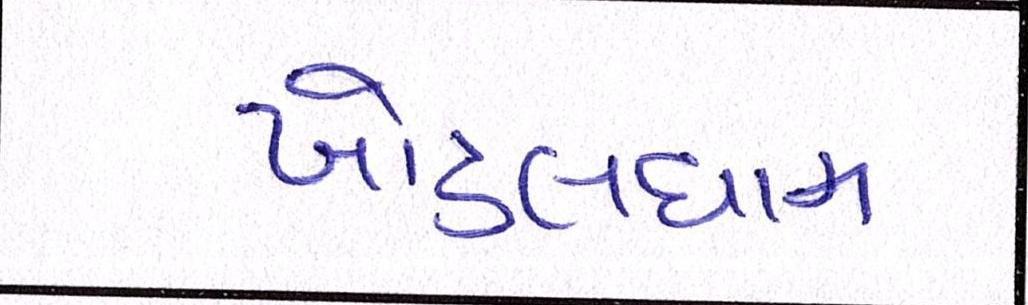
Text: ખોડલધામ